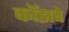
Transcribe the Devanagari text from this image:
कॉझवे